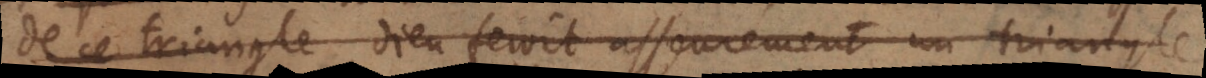
de ce triangle, Dieu feroit asseurement un triangle